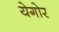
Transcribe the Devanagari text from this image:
येगोर